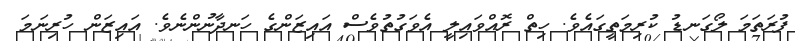
ފުރަތަމަ ލޯގަނޑު ކުރިމަތީގައެވެ. ހިތް ރޮއްވައިލީ އެވަގުތުވެސް އައިޒަންގެ ހަނދާނުންނެވެ. އައިޒަން ހުރިނަމަ